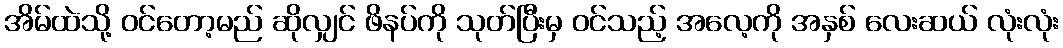
အိမ်ထဲသို့ ဝင်တော့မည် ဆိုလျှင် ဖိနပ်ကို သုတ်ပြီးမှ ဝင်သည့် အလေ့ကို အနှစ် လေးဆယ် လုံးလုံး